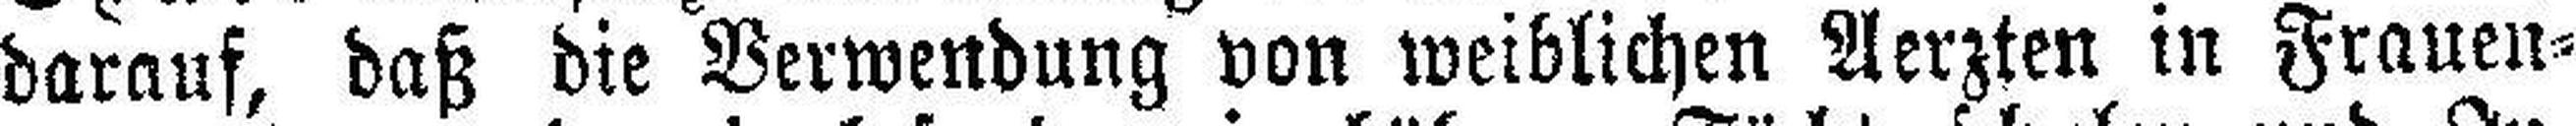
darauf, daß die Verwendung von weiblichen Aerzten in Frauen¬